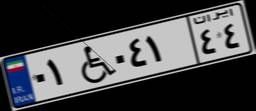
۸۴W۰۱۷۹۹